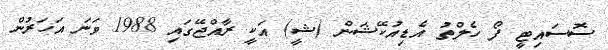
ސޮސައިޓީ ފޯ ހެލްތު އެޑިއުކޭޝަން (ޝީ) އަކީ ރާއްޖޭގައި 1988 ވަނަ އަހަރުން